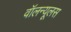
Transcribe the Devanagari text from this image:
वॉलन्यूलस